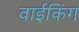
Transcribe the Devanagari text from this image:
वाईकिंग